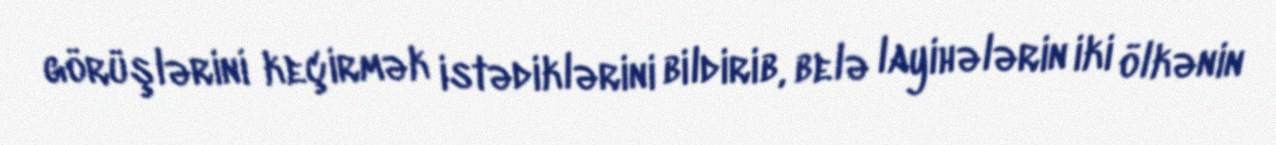
görüşlərini keçirmək istədiklərini bildirib, belə layihələrin iki ölkənin